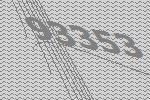
93353